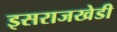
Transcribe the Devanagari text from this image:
इसराजखेडी